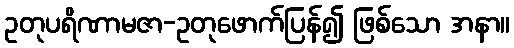
ဥတုပရိဏာမဇာ-ဥတုဖောက်ပြန်၍ ဖြစ်သော အနာ။